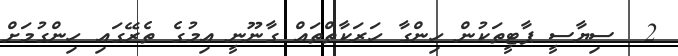
2  ސިޔާސީ ޕާޓީތަކުން ހިންގާ ހަރަކާތްތައް ގާނޫނީ އިމުގެ ތެރޭގައި ހިންގުމަށް